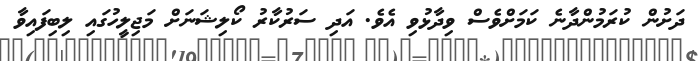
ދަށުން ކުރަމުންދާނެ ކަމަށްވެސް ވިދާޅުވި އެވެ. އަދި ސަރުކާރު ކޯލިޝަނަށް މަޖިލީހުގައި ލިބިފައިވާ